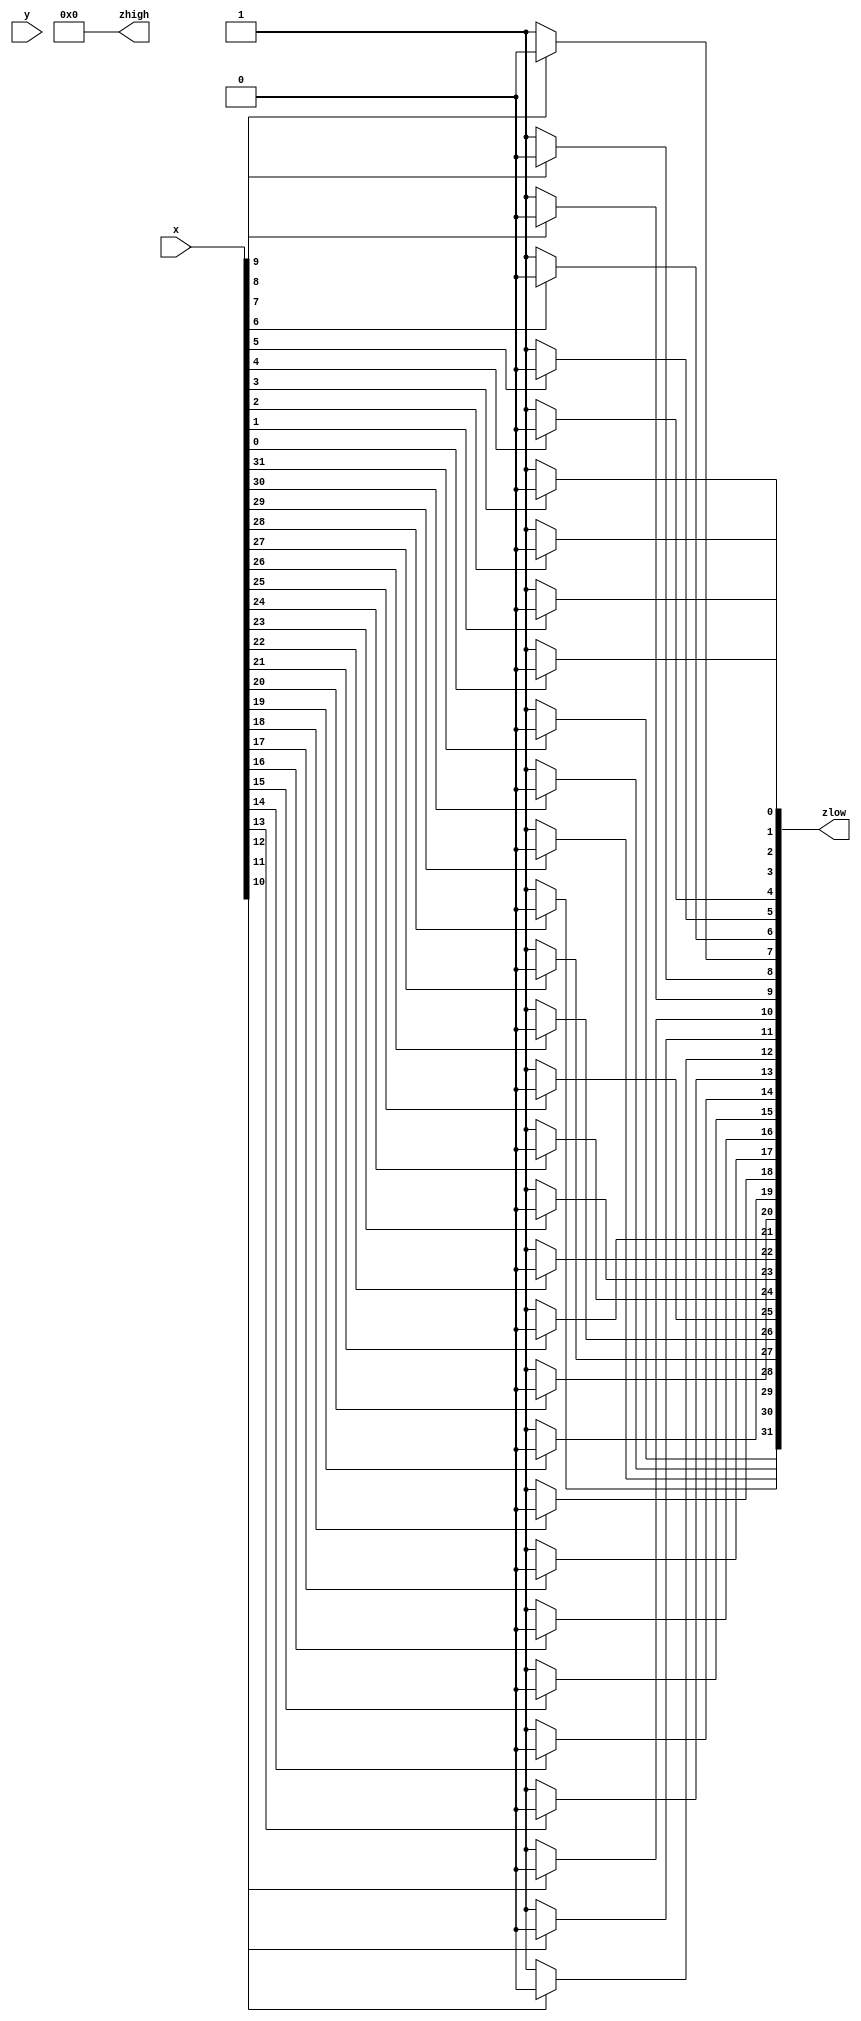
`timescale 1ns/10ps
module NOT_32(
 input [31:0] x, y,
 output [31:0] zlow, zhigh);
 
 integer i; // for loop
 reg [31:0] temp;
 
 always @* begin
	for(i=0; i<32; i= i+1) begin
	
		if(x[i] == 1)
			temp[i] = 0;
		else
			temp[i] = 1;
			
	end
 end
 
 assign zlow = temp;
 assign zhigh = 0;
 
endmodule